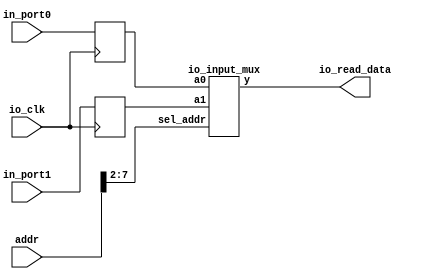
module io_input_reg(addr,io_clk,io_read_data,in_port0,in_port1);
	
	input 	[31:0]	addr;
	input					io_clk;
	input		[31:0]	in_port0,in_port1;
	output	[31:0]	io_read_data;
	
	reg 		[31:0]	in_reg0;
	reg 		[31:0]	in_reg1;
	
	io_input_mux	io_imput_mux2x32(in_reg0,in_reg1,addr[7:2],io_read_data);
	
	always@(posedge io_clk)
		begin
			in_reg0<=in_port0;
			in_reg1<=in_port1;
		end
		
endmodule

module io_input_mux(a0,a1,sel_addr,y);
	input 	[31:0]	a0,a1;
	input		[5:0]		sel_addr;
	output	[31:0]	y;
	reg		[31:0]	y;
	
	always@(*)
	case (sel_addr)
		6'b110000:y=a0;
		6'b110001:y=a1;
		
	endcase
endmodule